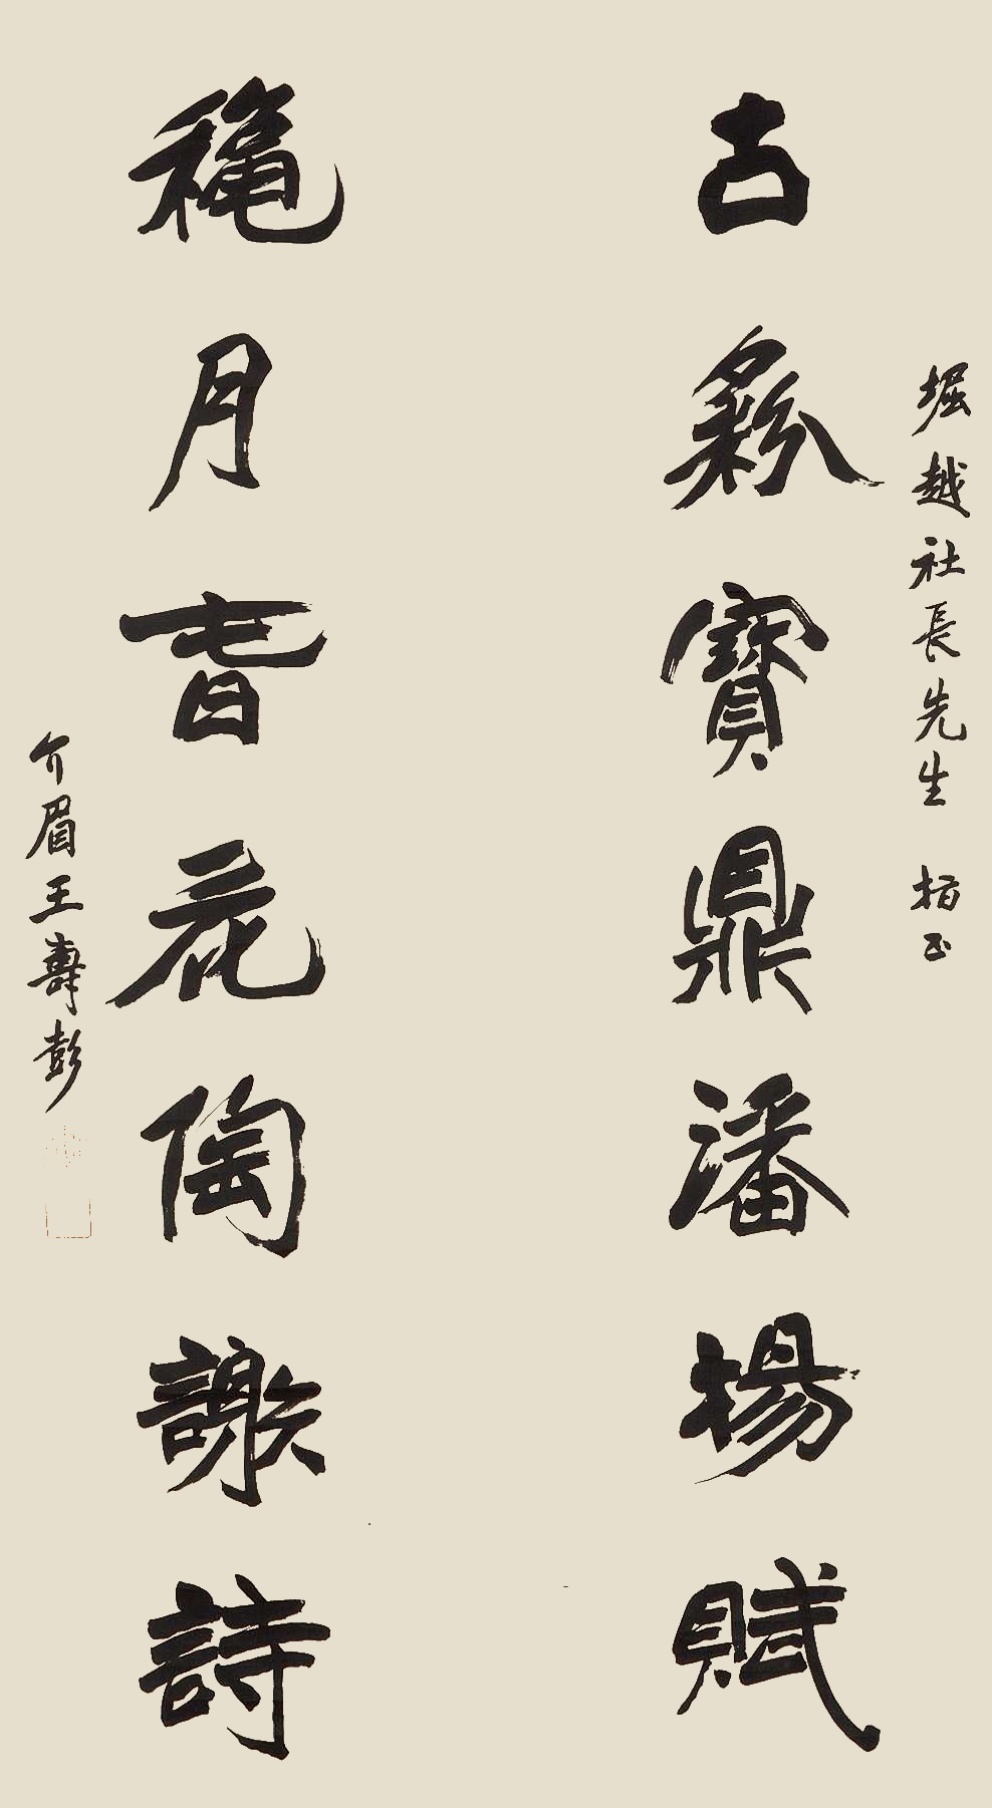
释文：古彝宝鼎潘杨赋，秋月春花陶谢诗。堀越社长先生指正，介眉王寿彭。